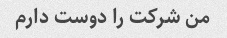
من شرکت را دوست دارم